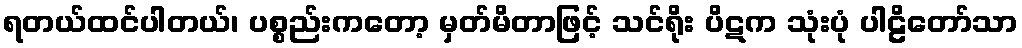
ရတယ်ထင်ပါတယ်၊ ပစ္စည်းကတော့ မှတ်မိတာဖြင့် သင်ရိုး ပိဋက သုံးပုံ ပါဠိတော်သာ